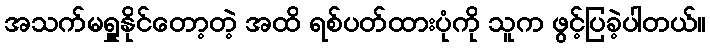
အသက်မရှူနိုင်တော့တဲ့ အထိ ရစ်ပတ်ထားပုံကို သူက ဖွင့်ပြခဲ့ပါတယ်။